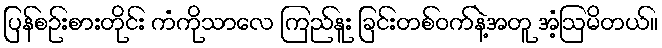
ပြန်စဉ်းစားတိုင်း ကံကိုသာလေ ကြည်နူး ခြင်းတစ်ဝက်နဲ့အတူ အံ့ဩမိတယ်။